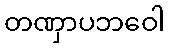
တဏှာပဘဝေါ